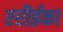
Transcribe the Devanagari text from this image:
एरौईका